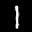
Label: 1